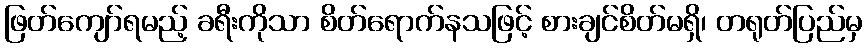
ဖြတ်ကျော်ရမည့် ခရီးကိုသာ စိတ်ရောက်နသဖြင့် စားချင်စိတ်မရှိ၊ တရုတ်ပြည်မှ